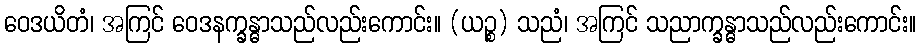
ဝေဒယိတံ၊ အကြင် ဝေဒနက္ခန္ဓာသည်လည်းကောင်း။ (ယဉ္စ) သညံ၊ အကြင် သညာက္ခန္ဓာသည်လည်းကောင်း။